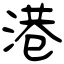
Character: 港